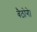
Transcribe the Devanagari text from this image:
बैठोगे।